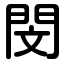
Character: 閔